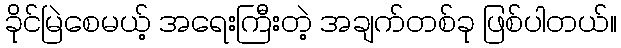
ခိုင်မြဲစေမယ့် အရေးကြီးတဲ့ အချက်တစ်ခု ဖြစ်ပါတယ်။